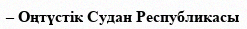
– Оңтүстік Судан Республикасы